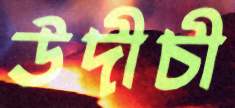
উদীচী